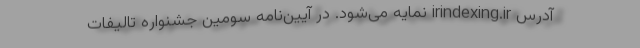
آدرس irindexing.ir نمایه می‌شود. در آیین‌نامه سومین جشنواره تالیفات